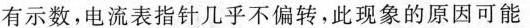
有示数，电流表指针几乎不偏转，此现象的原因可能